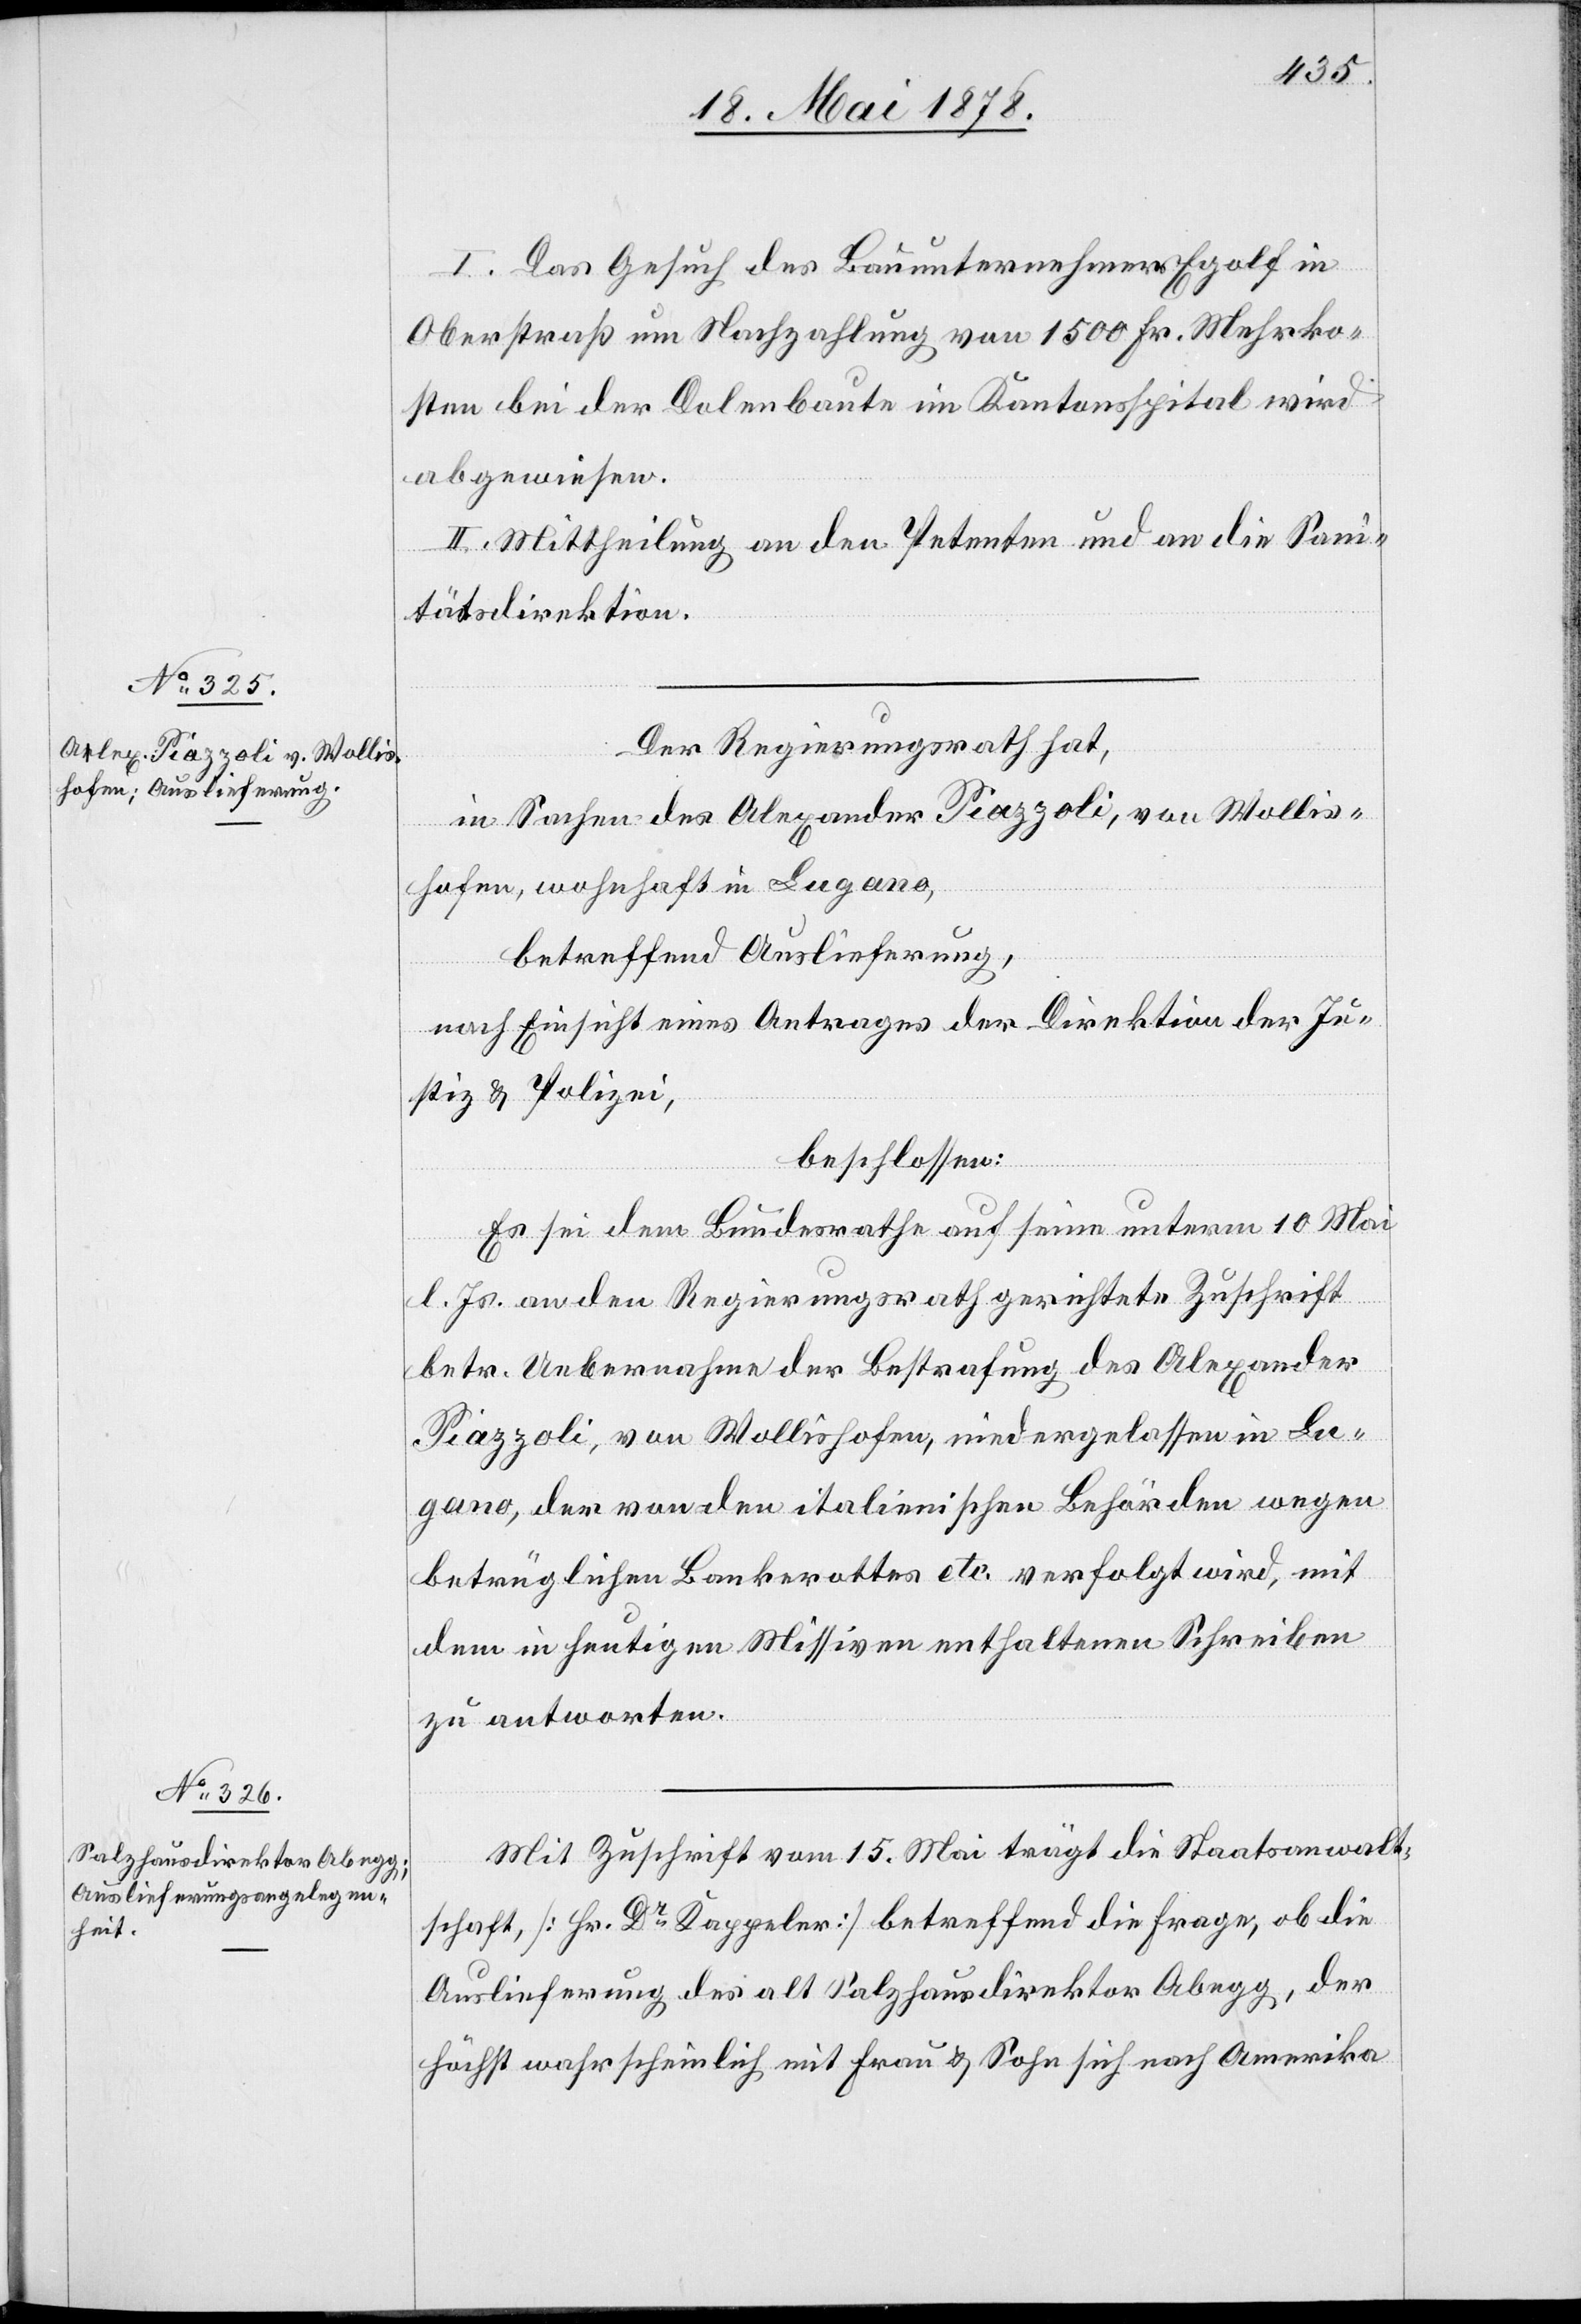
I. Das Gesuch des Bauunternehmers Egolf in
Oberstraß um Nachzahlung von 1500 Fr. Mehrko¬
sten bei der Dolenbaute im Kantonsspital wird
abgewiesen.
II. Mittheilung an den Petenten und an die Sani¬
tätsdirektion.
Der Regierungsrath hat,
in Sachen des Alexander Piazzoli, von Wollis¬
hofen, wohnhaft in Lugano,
betreffend Auslieferung,
nach Einsicht eines Antrages der Direktion der Ju¬
stiz & Polizei,
beschlossen:
Es sei dem Bundesrathe auf seine unterm 10. Mai
l. Js. an den Regierungsrath gerichtete Zuschrift
betr. Uebernahme der Bestrafung des Alexander
Piazzoli, von Wollishofen, niedergelassen in Lu¬
gano, der von den italienischen Behörden wegen
betrüglichen Bankerottes etc. verfolgt wird, mit
dem in heutigen Missiven enthaltene Schreiben
zu antworten.
Mit Zuschrift vom 15. Mai trägt die Staatsanwalt¬
schaft [Hr. Dr Kappeler] betreffend die Frage, ob die
Auslieferung des alt Salzhausdirektor Abegg, der
höchst wahrscheinlich mit Frau & Sohn sich nach Amerika